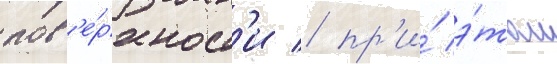
пов'е́рхност'и / пр'и́ э́том